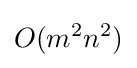
O(m^{2}n^{2})